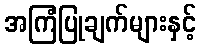
အကြံပြုချက်များနှင့်